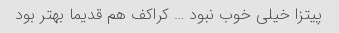
پیتزا خیلی خوب نبود … کراکف هم قدیما بهتر بود